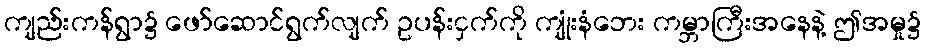
ကျည်းကန်ရွာ၌ ဖော်ဆောင်ရွက်လျက် ဥပန်းငှက်ကို ကျုံးနံဘေး ကမ္ဘာကြီးအနေနဲ့ ဤအမှု၌